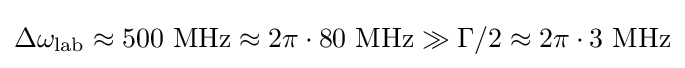
\Delta \omega _{\text{lab}}\approx 500~{\text{MHz}}\approx 2\pi \cdot 80~{\text{MHz}}\gg \Gamma /2\approx 2\pi \cdot 3~{\text{MHz}}